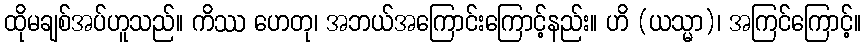
ထိုမချစ်အပ်ဟူသည်။ ကိဿ ဟေတု၊ အဘယ်အကြောင်းကြောင့်နည်း။ ဟိ (ယသ္မာ)၊ အကြင်ကြောင့်။